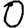
Digit: 0